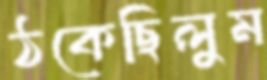
ঠকেছিলুম